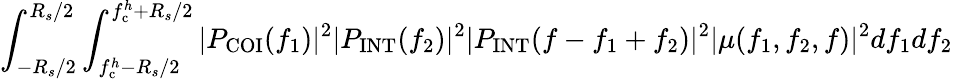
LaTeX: \int_{-R_{s}/2}^{R_{s}/2}\int_{f_{\mathrm{c}}^{h}-R_{s}/2}^{f_{\mathrm{c}}^{h}+R_{s}/2}|P_{\mathrm{COI}}(f_{1})|^{2}|P_{\mathrm{INT}}(f_{2})|^{2}|P_{\mathrm{INT}}(f-f_{1}+f_{2})|^{2}|\mu(f_{1},f_{2},f)|^{2}df_{1}df_{2}